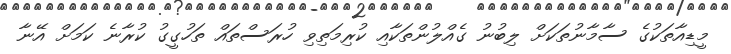
މީޑިއާތަކުގެ ސާމާނުތަކަށް ލިބުނު ގެއްލުންތަކާއި ކުރިމަތިވި ހުރަސްތައް ތަހުގީގު ކުރާނެ ކަމަށް އޭނާ